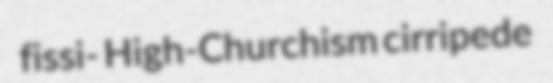
fissi- High-Churchism cirripede